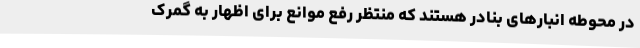
در محوطه انبارهای بنادر هستند که منتظر رفع موانع برای اظهار به گمرک